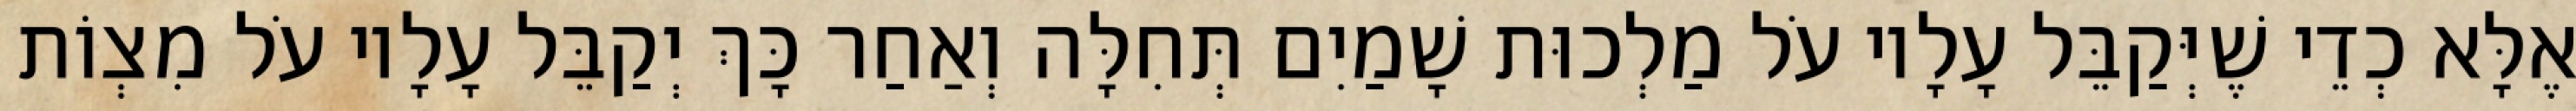
אֶלָּא כְדֵי שֶׁיְּקַבֵּל עָלָיו עֹל מַלְכוּת שָׁמַיִם תְּחִלָּה וְאַחַר כָּךְ יְקַבֵּל עָלָיו עֹל מִצְוֹת